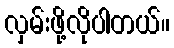
လှမ်းဖို့လိုပါတယ်။